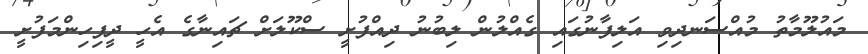
މައުލޫމާތު މުއްސަނދިވި އަލިފާނުގައި ގެއްލުން ލިބުނު ދިއްފުށީ ސްކޫލަށް ޗައިނާގެ އެހީ ދީފިހިންމަފުށީ